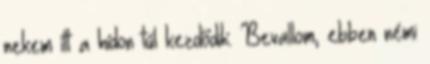
nekem itt a hídon túl kezdődik. Bevallom, ebben némi